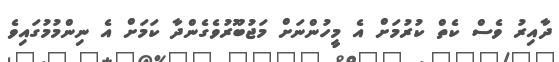
ދާއިރު ވެސް ކެތް ކުރުމަށް އެ މީހުންނަށް މަޖުބޫރުވެގެންދާ ކަމަށް އެ ނިންމުމުގައިވެ